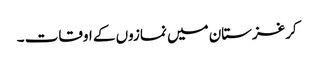
کرغزستان میں نمازوں کے اوقات ۔